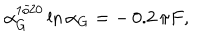
\alpha _ { G } ^ { 1 / 2 0 } \ln { \alpha _ { G } } = - \, 0 . 2 \, \pi F ,